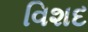
વિશદ